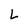
Character: L